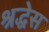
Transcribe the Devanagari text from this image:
श्रद्धेस